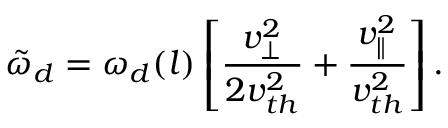
\tilde { \omega } _ { d } = \omega _ { d } ( l ) \left[ \frac { v _ { \perp } ^ { 2 } } { 2 v _ { t h } ^ { 2 } } + \frac { v _ { \parallel } ^ { 2 } } { v _ { t h } ^ { 2 } } \right] .